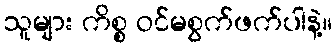
သူများ ကိစ္စ ဝင်မစွက်ဖက်ပါနဲ့။